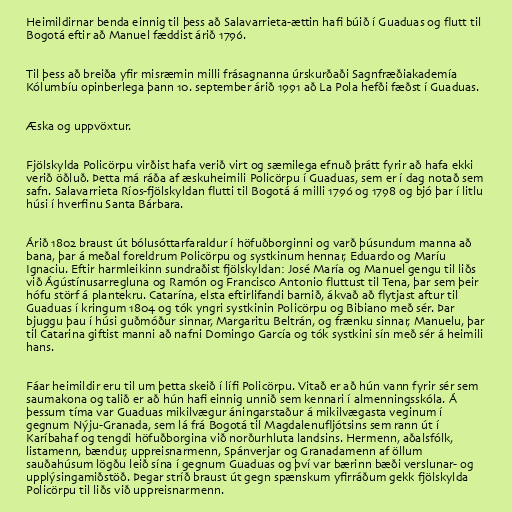
Heimildirnar benda einnig til þess að Salavarrieta-ættin hafi búið í Guaduas og flutt til
Bogotá eftir að Manuel fæddist árið 1796.

Til þess að breiða yfir misræmin milli frásagnanna úrskurðaði Sagnfræðiakademía
Kólumbíu opinberlega þann 10. september árið 1991 að La Pola hefði fæðst í Guaduas.

Æska og uppvöxtur.

Fjölskylda Policörpu virðist hafa verið virt og sæmilega efnuð þrátt fyrir að hafa ekki
verið öðluð. Þetta má ráða af æskuheimili Policörpu í Guaduas, sem er í dag notað sem
safn. Salavarrieta Ríos-fjölskyldan flutti til Bogotá á milli 1796 og 1798 og bjó þar í litlu
húsi í hverfinu Santa Bárbara.

Árið 1802 braust út bólusóttarfaraldur í höfuðborginni og varð þúsundum manna að
bana, þar á meðal foreldrum Policörpu og systkinum hennar, Eduardo og Maríu
Ignaciu. Eftir harmleikinn sundraðist fjölskyldan: José María og Manuel gengu til liðs
við Ágústínusarregluna og Ramón og Francisco Antonio fluttust til Tena, þar sem þeir
hófu störf á plantekru. Catarína, elsta eftirlifandi barnið, ákvað að flytjast aftur til
Guaduas í kringum 1804 og tók yngri systkinin Policörpu og Bibiano með sér. Þar
bjuggu þau í húsi guðmóður sinnar, Margaritu Beltrán, og frænku sinnar, Manuelu, þar
til Catarina giftist manni að nafni Domingo García og tók systkini sín með sér á heimili
hans.

Fáar heimildir eru til um þetta skeið í lífi Policörpu. Vitað er að hún vann fyrir sér sem
saumakona og talið er að hún hafi einnig unnið sem kennari í almenningsskóla. Á
þessum tíma var Guaduas mikilvægur áningarstaður á mikilvægasta veginum í
gegnum Nýju-Granada, sem lá frá Bogotá til Magdalenufljótsins sem rann út í
Karíbahaf og tengdi höfuðborgina við norðurhluta landsins. Hermenn, aðalsfólk,
listamenn, bændur, uppreisnarmenn, Spánverjar og Granadamenn af öllum
sauðahúsum lögðu leið sína í gegnum Guaduas og því var bærinn bæði verslunar- og
upplýsingamiðstöð. Þegar stríð braust út gegn spænskum yfirráðum gekk fjölskylda
Policörpu til liðs við uppreisnarmenn.